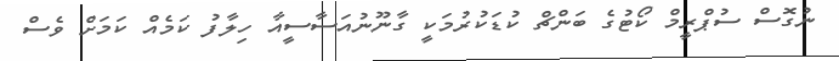
ނުގޮސް ސުޕްރީމް ކޯޓުގެ ބަންޗް ކުޑަކުރުމަކީ ގާނޫނުއަސާސީއާ ހިލާފު ކަމެއް ކަމަށް ވެސް